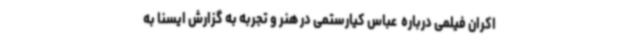
اکران فیلمی درباره  عباس کیارستمی در هنر و تجربه به گزارش ایسنا به